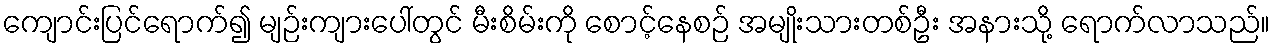
ကျောင်းပြင်ရောက်၍ မျဉ်းကျားပေါ်တွင် မီးစိမ်းကို စောင့်နေစဉ် အမျိုးသားတစ်ဦး အနားသို့ ရောက်လာသည်။